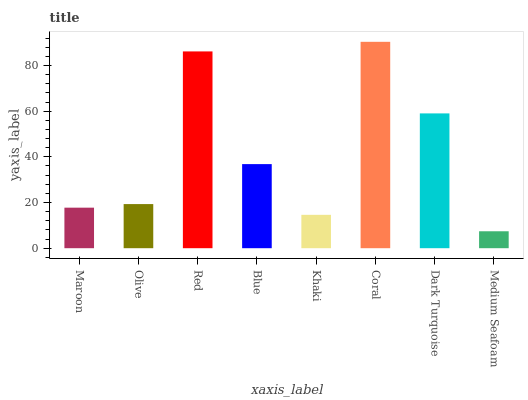
| xaxis_label | bars |
 | --- | --- |
 | Maroon | 17.8 |
 | Olive | 19.3 |
 | Red | 86.2 |
 | Blue | 36.8 |
 | Khaki | 14.6 |
 | Coral | 90.4 |
 | Dark Turquoise | 59 |
 | Medium Seafoam | 7.42 |